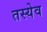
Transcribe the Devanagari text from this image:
तस्येव